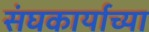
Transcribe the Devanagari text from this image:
संघकार्याच्या